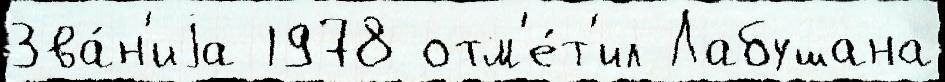
Зва́н'иjа 1978 отм'е́т'ил Лабушана